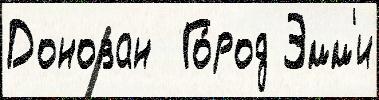
Донован  Го́род Эмм'и